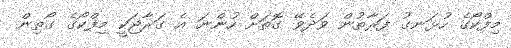
މިފްކޯގެ ހުޅަނގު ފަރާތުން ވަދެވޭ ގޮތަށް ހުންނަ އެ ގަރާޖަކީ މިފްކޯގެ ގޯތިން